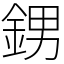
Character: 𨦻